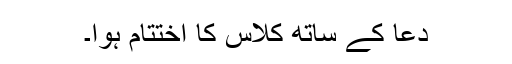
دعا کے ساتھ کلاس کا اختتام ہوا۔